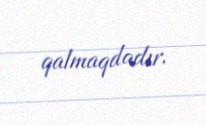
qalmaqdadır.